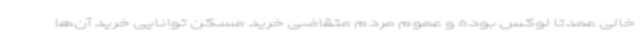
خالی عمدتاً لوکس بوده و عموم مردم متقاضی خرید مسکن توانایی خرید آن‌ها